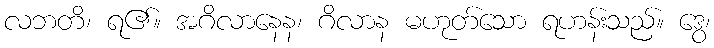
လဘတိ၊ ရ၏။ အဂိလာနေန၊ ဂိလာန မဟုတ်သော ရဟန်းသည်။ ဒွေ၊